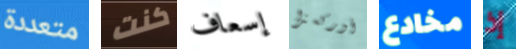
متعددة كنت إسعاف أوركسترا مخادع إذ